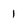
Character: 1